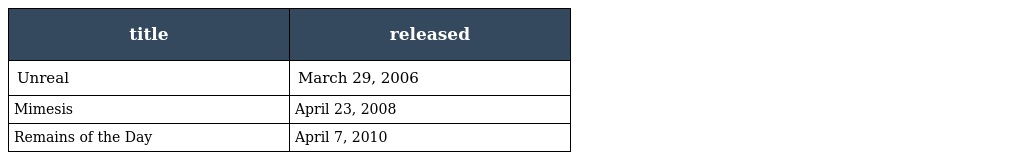
| title | released |
 | --- | --- |
 | Unreal | March 29, 2006 |
 | Mimesis | April 23, 2008 |
 | Remains of the Day | April 7, 2010 |